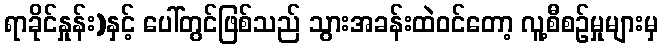
ရာခိုင်နှုန်း)နှင့် ပေါ်တွင်ဖြစ်သည် သွားအခန်းထဲဝင်တော့ လူ့စီစဉ်မှုများမှ